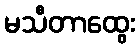
မသီတာထွေး